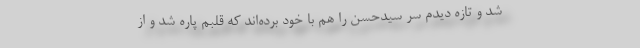
شد و تازه دیدم سر سیدحسن را هم با خود برده‌اند که قلبم پاره شد و از